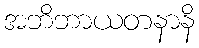
အဘိဘာယတနာနိ